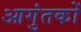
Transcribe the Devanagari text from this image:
आगुंतकों